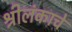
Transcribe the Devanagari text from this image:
श्रीलंकाचे